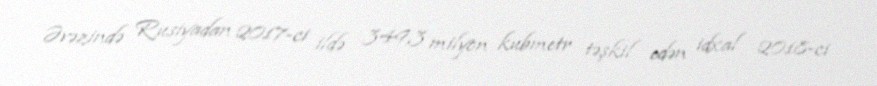
Əvəzində Rusiyadan 2017-ci ildə 349,3 milyon kubmetr təşkil edən idxal 2018-ci